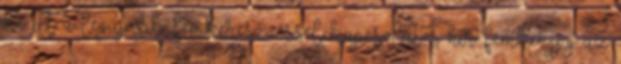
de itt a legújabb fémkeresőzéssel kapcsolatos hír: fémker.jpg az